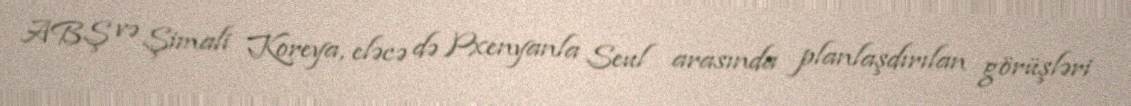
ABŞ və Şimali Koreya, eləcə də Pxenyanla Seul arasında planlaşdırılan görüşləri